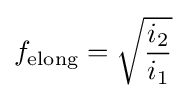
f_{\text{elong}}={\sqrt {\frac {i_{2}}{i_{1}}}}